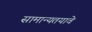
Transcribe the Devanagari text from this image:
सामान्यतयावे